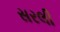
સરલી